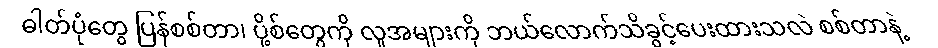
ဓါတ်ပုံတွေ ပြန်စစ်တာ၊ ပို့စ်တွေကို လူအများကို ဘယ်လောက်သိခွင့်ပေးထားသလဲ စစ်တာနဲ့